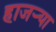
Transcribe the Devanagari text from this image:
हाजर्‍या